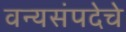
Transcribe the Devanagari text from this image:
वन्यसंपदेचे